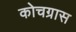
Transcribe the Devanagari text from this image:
कोचग्रास